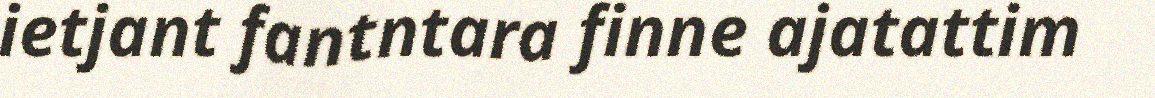
ietjant fantntara finne ajatattim